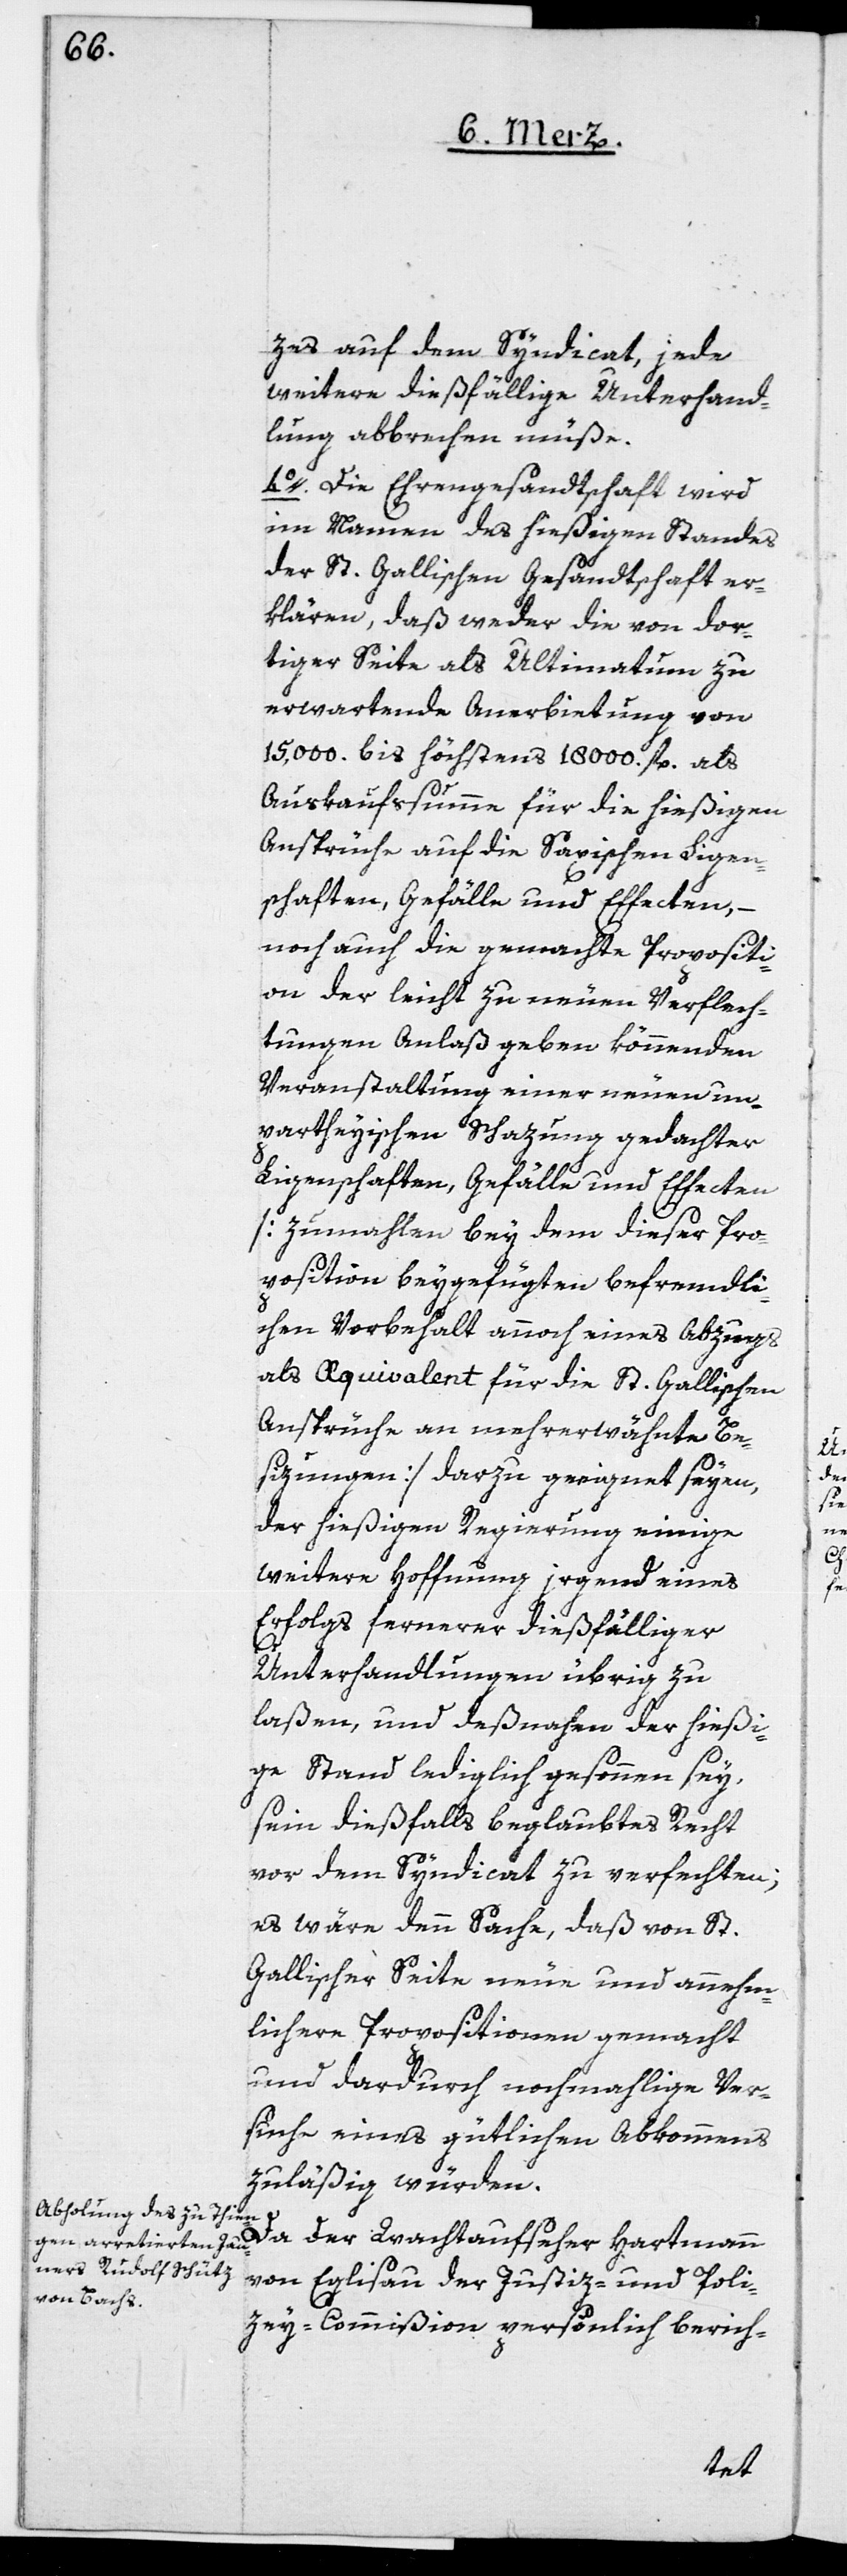
zes auf den Syndicat, jede
weitere dießfällige Unterhand¬
lung abbrechen müße.
4o. Die Ehrengesandtschaft wird
im Namen des hießigen Standes
der St. Gallischen Gesandtschaft er¬
klären, daß weder die von dor¬
tiger Seite als Ultimatum zu
erwartende Anerbietung von
15,000. bis höchstens 18,000 fl. als
Auskaufssumme für die hießigen
Ansprüche auf die Saxischen Ligen¬
schaften, Gefälle und Effecten,
noch auf die gemachte Propositi¬
on der leicht zu neuen Verflech¬
tungen Anlaß geben könnenden
Veranstaltung einer neuen un¬
partheyischen Schazung gedachter
Ligenschaften, Gefälle und Effecten
[zumahlen bey dem dieser Pro¬
position beygefügten befremdli¬
chen Vorbehalt annoch eines Abzugs
als Aequivalent für die St. Gallischen
Ansprüche an mehrerwähnte Be¬
sizungen] darzu geeignet seyen,
der hießigen Regierung einige
weitere Hoffnung irgend eines
Erfolgs fernerer dießfälliger
Unterhandlungen übrig zu
laßen, und deßnahen der hießi¬
ge Stand lediglich gesonnen sey,
sein dießfalls beglaubtes Recht
vor dem Syndicat zu verfechten;
es wäre denn Sache, daß von St.
Gallischer Seite neue und annehm¬
lichere Propositionen gemacht
und dardurch nochmalige Ver¬
suche eines gütlichen Abkommens
zuläßig würden.
Da der Wachtaufseher Hartmann
von Eglisau der Justiz- und Poli¬
zey-Commißion persönlich berich-